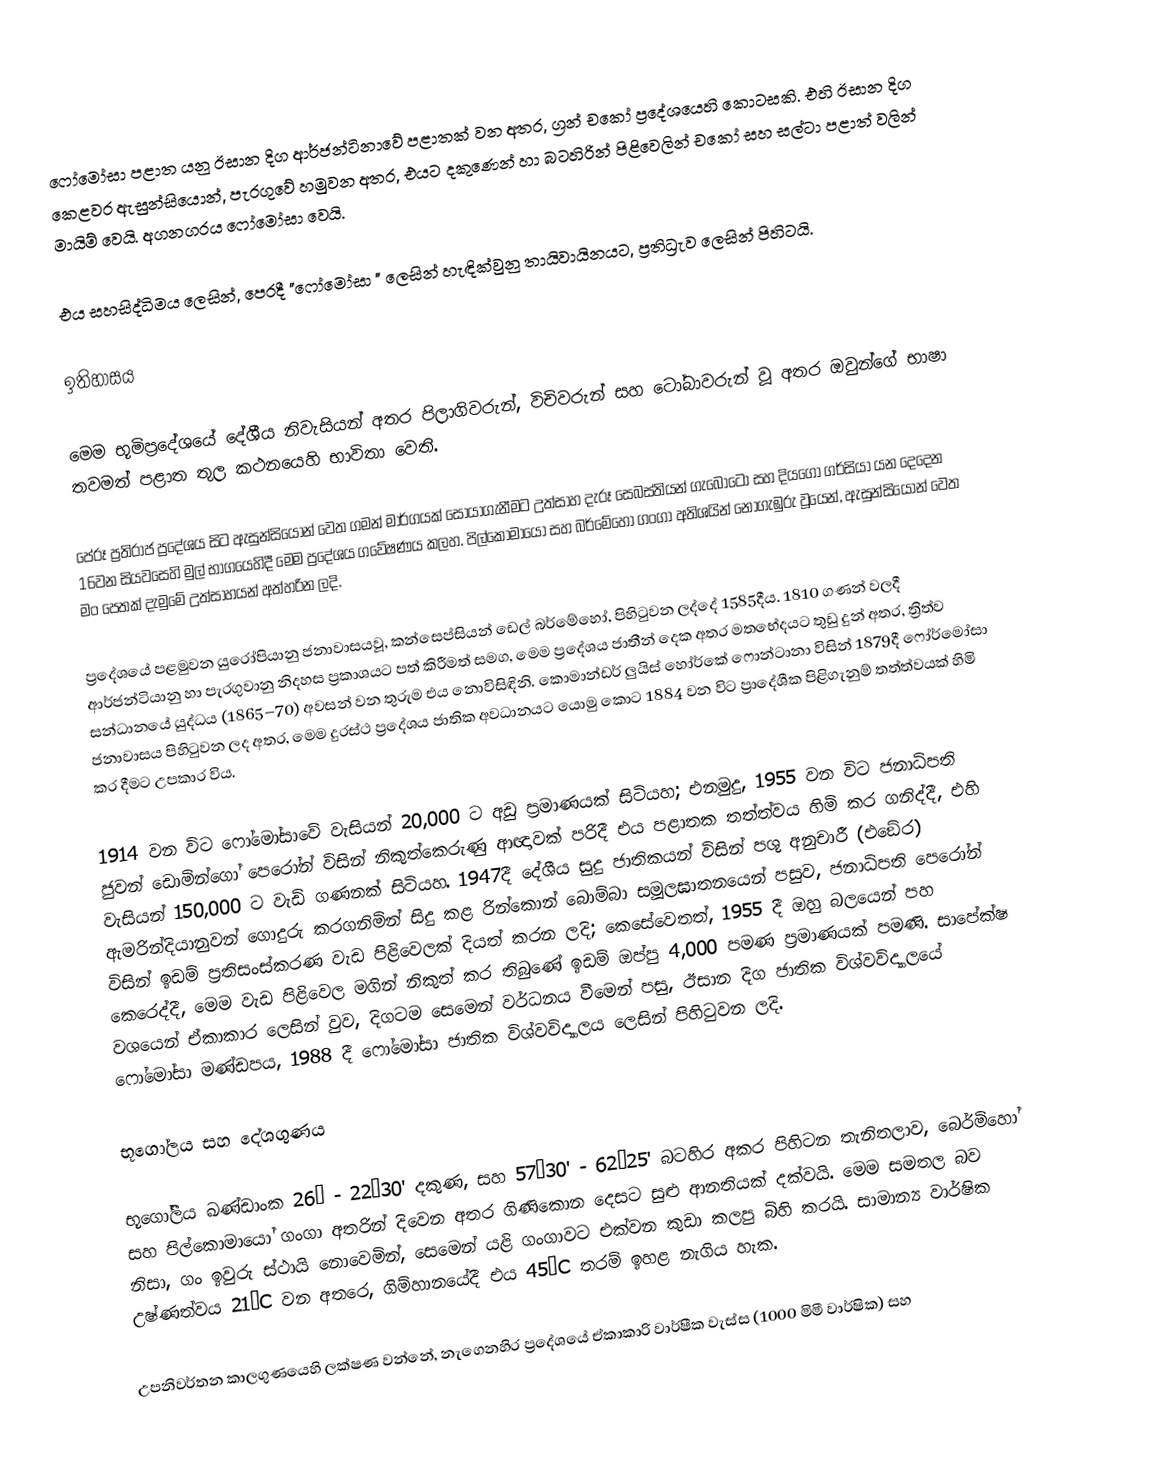
ෆෝමෝසා පළාත යනු ඊසාන දිග ආර්ජන්ටිනාවේ පළාතක් වන අතර, ග්‍රන් චකෝ ප්‍රදේශයෙහි කොටසකි. එහි ඊසාන දිග කෙළවර ඇසුන්සියොන්, පැරගුවේ හමුවන අතර, එයට දකුණෙන් හා බටහිරින් පිළිවෙලින් චකෝ සහ සල්ටා පළාත් වලින් මායිම් වෙයි. අගනගරය ෆෝමෝසා වෙයි.

එය සහසිද්ධිමය ලෙසින්, පෙරදී "ෆෝමෝසා " ලෙසින් හැඳික්වුනු  තායිවායිනයට,  ප්‍රතිධ්‍රැව ලෙසින් පිහිටයි.

ඉතිහාසය

මෙම භූමිප්‍රදේශයේ දේශීය නිවැසියන් අතර පිලාගිවරුන්, විචිවරුන් සහ ටෝබාවරුන් වූ අතර ඔවුන්ගේ භාෂා තවමත් පළාත තුල කථනයෙහි භාවිතා වෙති.

පේරූ ප්‍රතිරාජ ප්‍රදේශය සිට ඇසුන්සියොන් වෙත ගමන් මාර්ගයක් සොයාගැනීමට උත්සාහ දැරූ සෙබස්තියන් ගැබෝටො සහ දියගෝ ගර්සියා යන දෙදෙන 16වන සියවසෙහි මුල් භාගයෙහිදී මෙම ප්‍රදේශය ගවේෂණය කලහ. පිල්කොමායෝ සහ  බර්මේහෝ ගංගා අතිශයින් නොගැඹුරු වූයෙන්, ඇසුන්සියොන් වෙත මං පෙතක් දැමුමේ උත්සාහයන් අත්හරින ලදි.

ප්‍රදේශයේ පළමුවන යුරෝපියානු ජනාවාසයවූ, කන්සෙප්සියන් ඩෙල් බර්මේහෝ, පිහිටුවන ලද්දේ  1585දීය. 1810 ගණන් වලදී ආර්ජන්ටියානු හා පැරගුවානු නිදහස ප්‍රකාශයට පත් කිරීමත් සමග, මෙම ප්‍රදේශය ජාතීන් දෙක අතර මතභේදයට තුඩු දුන් අතර, ත්‍රිත්ව සන්ධානයේ යුද්ධය (1865–70) අවසන් වන තුරුම එය නොවිසිඳිනි. කොමාන්ඩර් ලුයිස් හෝර්කේ ෆොන්ටානා විසින් 1879දී ෆෝර්මෝසා ජනාවාසය පිහිටුවන ලද අතර, මෙම දුරස්ථ ප්‍රදේශය ජාතික අවධානයට යොමු කොට 1884 වන විට  ප්‍රාදේශීක පිළිගැනුම් තත්ත්වයක් හිමි කර දීමට උපකාර විය.

1914 වන විට ෆෝමෝසාවේ වැසියන් 20,000 ට අඩු ප්‍රමාණයක් සිටියහ; එනමුදු,  1955 වන විට ජනාධිපති ජුවන් ඩොමින්ගෝ පෙරෝන් විසින් නිකුත්කෙරුණු ආඥාවක් පරිදී එය පළාතක තත්ත්වය හිමි කර ගනිද්දී, එහි වැසියන්  150,000 ට වැඩි ගණනක් සිටියහ. 1947දී දේශීය සුදු ජාතිකයන් විසින්  පශු අනුචාරී (එඞේර) ඇමරින්දියානුවන් ගොදුරු කරගනිමින් සිදු කළ  රින්කොන් බොම්බා  සමූලඝාතනයෙන් පසුව, ජනාධිපති පෙරෝන් විසින් ඉඩම් ප්‍රතිසංස්කරණ වැඩ පිළිවෙලක් දියත් කරන ලදි; කෙසේවෙතත්, 1955 දී ඔහු බලයෙන් පහ කෙරෙද්දී, මෙම වැඩ පිළිවෙල මගින් නිකුත් කර තිබුණේ ඉඩම් ඔප්පු 4,000 පමණ ප්‍රමාණයක් පමණි. සාපේක්ෂ වශයෙන් ඒකාකාර ලෙසින් වුව, දිගටම සෙමෙන් වර්ධනය වීමෙන් පසු,  ඊසාන දිග ජාතික විශ්වවිද්‍යාලයේ ෆෝමෝසා මණ්ඩපය, 1988 දී  ෆෝමෝසා ජාතික විශ්වවිද්‍යාලය ලෙසින් පිහිටුවන ලදි.

භූගෝලය සහ දේශගුණය

භූගෝලීය ඛණ්ඩාංක 26° - 22°30' දකුණ,  සහ  57°30' - 62°25' බටහිර අකර පිහිටන තැනිතලාව, බෙර්මිහෝ සහ පිල්කොමායෝ ගංගා අතරින් දිවෙන අතර ගිණිකොන දෙසට සුළු ආනතියක් දක්වයි. මෙම සමතල බව නිසා, ගං ඉවුරු ස්ථායි නොවෙමින්, සෙමෙන් යළි ගංගාවට එක්වන කුඩා කලපු බිහි කරයි. සාමාන්‍ය වාර්ෂික උෂ්ණත්වය 21°C වන අතරෙ, ගිම්හානයේදී එය 45°C තරම් ඉහළ නැගිය හැක.

උපනිවර්තන කාලගුණයෙහි ලක්ෂණ වන්නේ, නැගෙනහිර ප්‍රදේශයේ ඒකාකාරි වාර්ෂීක වැස්ස (1000 මිමී වාර්ෂික) සහ